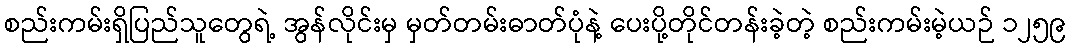
စည်းကမ်းရှိပြည်သူတွေရဲ့ အွန်လိုင်းမှ မှတ်တမ်းဓာတ်ပုံနဲ့ ပေးပို့တိုင်တန်းခဲ့တဲ့ စည်းကမ်းမဲ့ယဉ် ၁၂၅၉